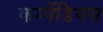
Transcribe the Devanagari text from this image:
कम्पेंडियस